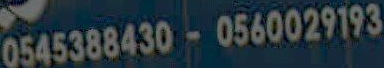
0545388430-0560029193